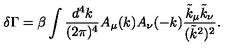
\delta \Gamma = \beta \int \frac { d ^ { 4 } k } { ( 2 \pi ) ^ { 4 } } A _ { \mu } ( k ) A _ { \nu } ( - k ) \frac { \tilde { k } _ { \mu } \tilde { k } _ { \nu } } { ( \tilde { k } ^ { 2 } ) ^ { 2 } } .